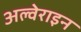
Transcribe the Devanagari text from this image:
अल्वेराइन